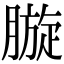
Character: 𣎓